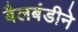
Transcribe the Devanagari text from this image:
बैलबंडीने